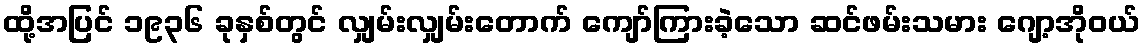
ထို့အပြင် ၁၉၃၆ ခုနှစ်တွင် လျှမ်းလျှမ်းတောက် ကျော်ကြားခဲ့သော ဆင်ဖမ်းသမား ဂျော့အိုဝယ်